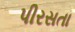
પીરસતા